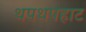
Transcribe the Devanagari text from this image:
थपथपहाट